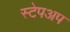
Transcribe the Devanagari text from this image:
स्टेपअप